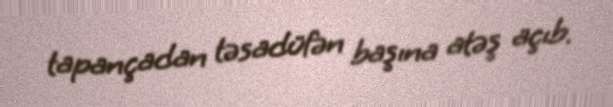
tapançadan təsadüfən başına atəş açıb.